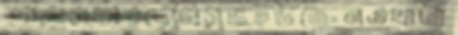
অলসতারদেনিসভইউক্রেনওখাটা